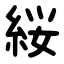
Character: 䋝